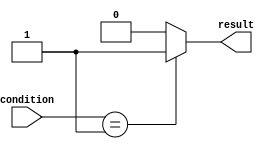
module unique_case_statement (
  input wire [1:0] condition, 
  output reg result
);

always @* begin
  case (condition)
    2'b00: begin // Condition 1
      // Code block for condition 1
      result <= 1'b0;
    end
    2'b01: begin // Condition 2
      // Code block for condition 2
      result <= 1'b1;
    end
    default: begin
      // Default case
      result <= 1'b0;
    end
  endcase
end

endmodule